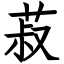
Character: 菽